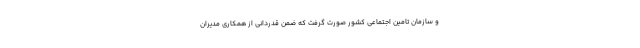
و سازمان تامین اجتماعی کشور صورت گرفت که ضمن قدردانی از همکاری مدیران